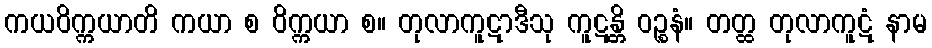
ကယဝိက္ကယာတိ ကယာ စ ဝိက္ကယာ စ။ တုလာကူဋာဒီသု ကူဋန္တိ ဝဉ္စနံ။ တတ္ထ တုလာကူဋံ နာမ